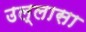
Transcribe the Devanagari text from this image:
उल्लासा